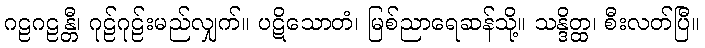
ဂဠဂဠန္တီ၊ ဂုဠ်ဂုဠ်းမည်လျှက်။ ပဋိသောတံ၊ မြစ်ညာရေဆန်သို့။ သန္ဒိတ္ထ၊ စီးလတ်ပြီ။